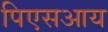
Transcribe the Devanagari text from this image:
पिएसआय